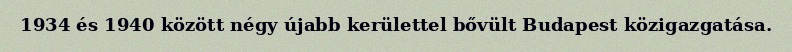
1934 és 1940 között négy újabb kerülettel bővült Budapest közigazgatása.